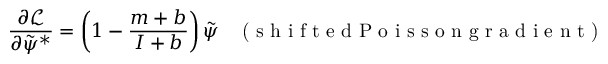
\frac { \partial \mathcal { L } } { \partial \tilde { \psi } ^ { * } } = \left( 1 - \frac { m + b } { I + b } \right) \tilde { \psi } \; \; \; \textrm { ( s h i f t e d P o i s s o n g r a d i e n t ) }